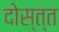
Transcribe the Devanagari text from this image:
दोस्त्त